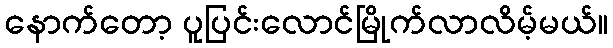
နောက်တော့ ပူပြင်းလောင်မြိုက်လာလိမ့်မယ်။